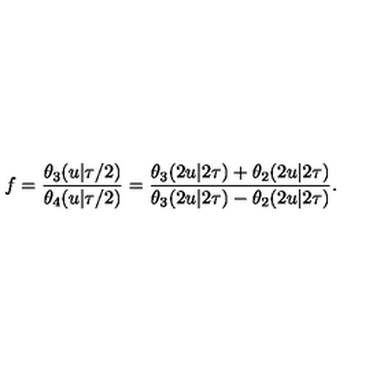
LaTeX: f = \frac { \theta _ { 3 } ( u | \tau / 2 ) } { \theta _ { 4 } ( u | \tau / 2 ) } = { \frac { \theta _ { 3 } ( 2 u | 2 \tau ) + \theta _ { 2 } ( 2 u | 2 \tau ) } { \theta _ { 3 } ( 2 u | 2 \tau ) - \theta _ { 2 } ( 2 u | 2 \tau ) } } .